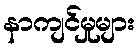
နာကျင်မှုများ